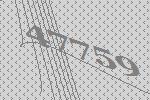
47759